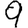
Digit: 9